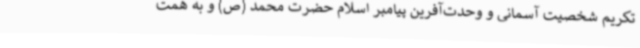
تکریم شخصیت آسمانی و وحدت‌آفرین پیامبر اسلام حضرت محمد (ص) و به همت